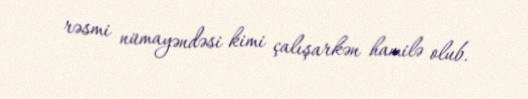
rəsmi nümayəndəsi kimi çalışarkən hamilə olub.